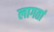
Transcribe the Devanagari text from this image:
लागतां